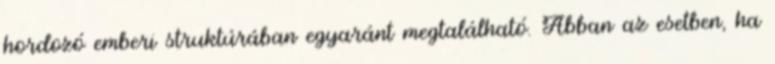
hordozó emberi struktúrában egyaránt megtalálható. Abban az esetben, ha